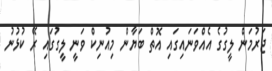
ޖަރުމަން ލީގުގެ އެއްވަނައިގައި އޮތް ބަޔާން މިއުނިކް ވަނީ ލީގުގައި ރޭ ކުޅުނު